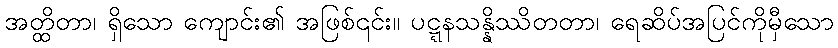
အတ္ထိတာ၊ ရှိသော ကျောင်း၏ အဖြစ်၎င်း။ ပဋ္ဋနသန္နိဿိတတာ၊ ရေဆိပ်အပြင်ကိုမှီသော